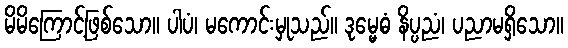
မိမိကြောင့်ဖြစ်သော။ ပါပံ၊ မကောင်းမှုသည်။ ဒုမ္မေဓံ နိပ္ပညံ၊ ပညာမရှိသော။